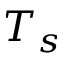
T _ { s }